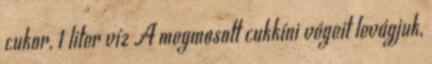
cukor, 1 liter víz A megmosott cukkíni végeit levágjuk,